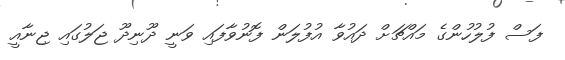
ފަސް ފުލުހުންގެ މައްޗަށް ދައުވާ އުފުލަން ފޮނުވާފައި ވަނީ ދޫނިދޫ ޖަލުގައި ޖިނާއީ